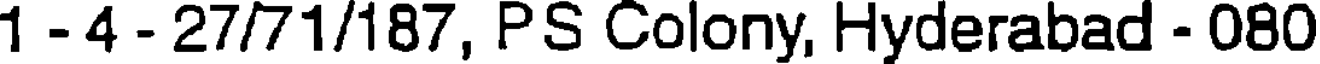
1 - 4 - 27/71/187, PS Colony, Hyderabad - 080